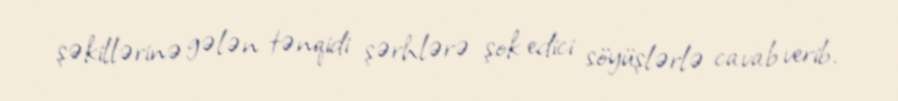
şəkillərinə gələn tənqidi şərhlərə şok edici söyüşlərlə cavab verib.